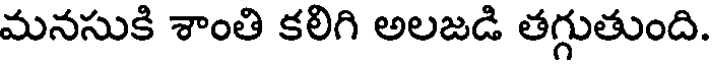
మనసుకి శాంతి కలిగి అలజడి తగ్గుతుంది.